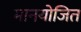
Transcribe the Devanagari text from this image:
मानयोजित